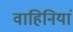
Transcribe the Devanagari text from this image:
वाहिनियां